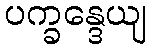
ပက္ခန္ဒေယျ